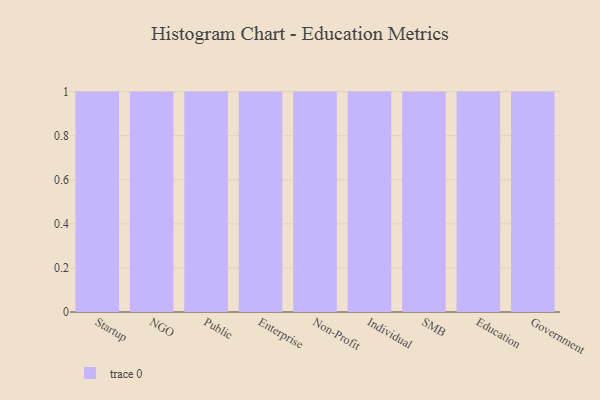
{"axis": {"x": "Segment", "y": "Budget (USD K)"}, "legend": [""], "data": [{"x": "Startup", "y": 62, "type": ""}, {"x": "NGO", "y": 47, "type": ""}, {"x": "Public", "y": 2, "type": ""}, {"x": "Enterprise", "y": 71, "type": ""}, {"x": "Non-Profit", "y": 3, "type": ""}, {"x": "Individual", "y": 19, "type": ""}, {"x": "SMB", "y": 57, "type": ""}, {"x": "Education", "y": 49, "type": ""}, {"x": "Government", "y": 34, "type": ""}]}